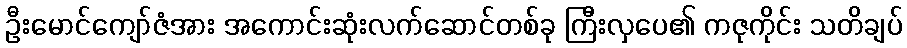
ဦးမောင်ကျော်ဇံအား အကောင်းဆုံးလက်ဆောင်တစ်ခု ကြီးလှပေ၏ ကဇုကိုင်း သတိချပ်